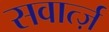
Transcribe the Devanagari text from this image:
सवार्त्ज़